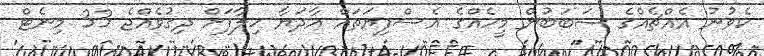
ކެވުނު އެއްޗެއްގެ ސަބަބުން މީހެއްގެ އެސްފިޔަތައް އާދަޔާ ޚިލާފަށް ދިގުވެއްޖެ 33 މިނެޓް